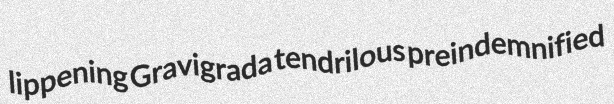
lippening Gravigrada tendrilous preindemnified